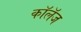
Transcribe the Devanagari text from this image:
कॉलॅज